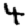
Digit: 4